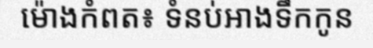
ម៉ោងកំពត៖ ទំនប់អាងទឹកកូន